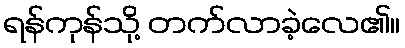
ရန်ကုန်သို့ တက်လာခဲ့လေ၏။